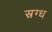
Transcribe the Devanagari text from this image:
स्रग्ध